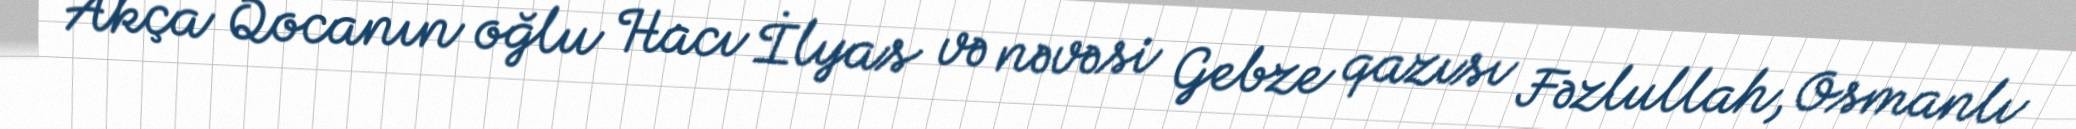
Akça Qocanın oğlu Hacı İlyas və nəvəsi Gebze qazısı Fəzlullah, Osmanlı